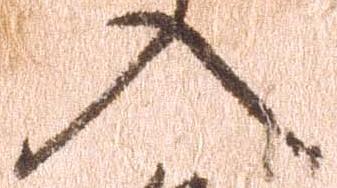
入